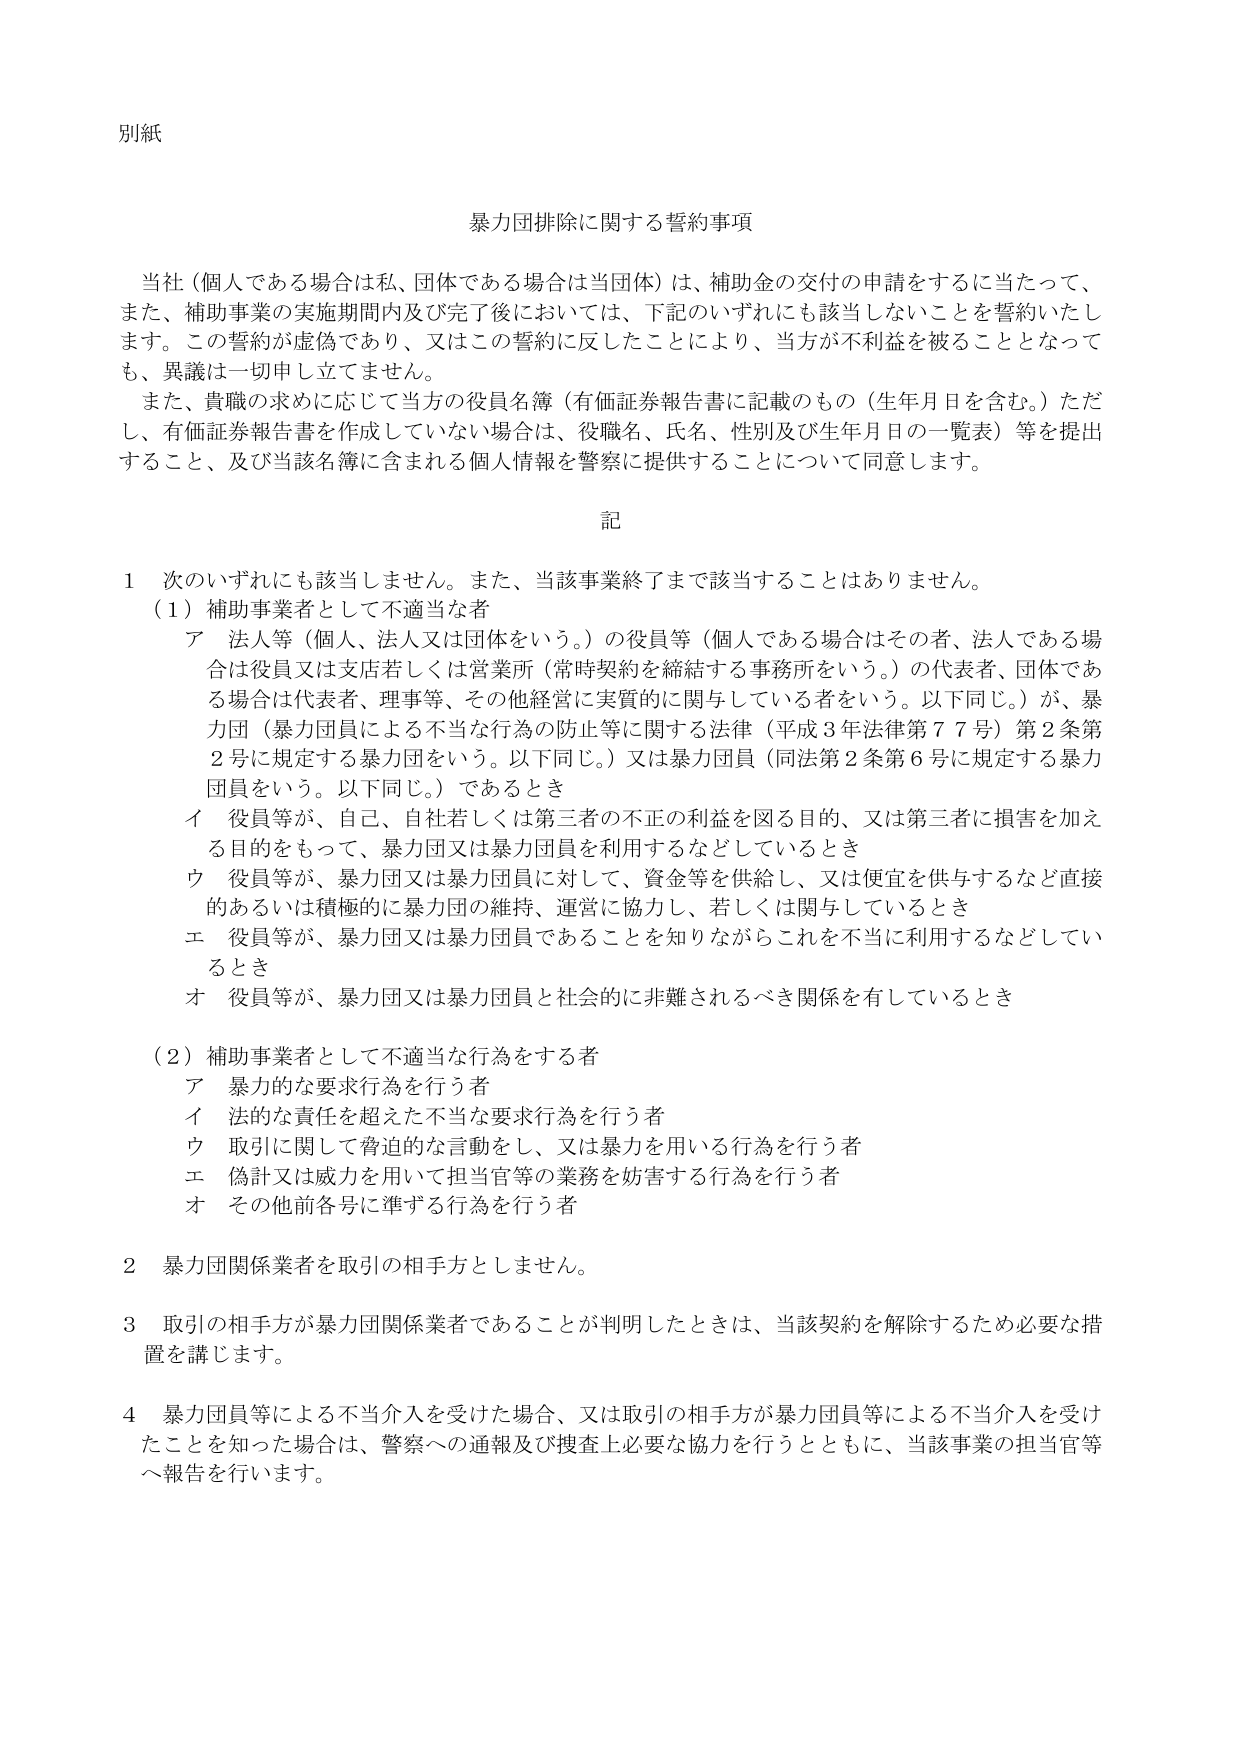
別紙

暴力団排除に関する誓約事項

当社（個人である場合は私、団体である場合は当団体）は、補助金の交付の申請をするに当たって、また、補助事業の実施期間内及び完了後においては、下記のいずれにも該当しないことを誓約いたします。この誓約が虚偽であり、又はこの誓約に反したことにより、当方が不利益を被ることとなっても、異議は一切申し立てません。

また、貴職の求めに応じて当方の役員名簿（有価証券報告書に記載のもの（生年月日を含む。）ただし、有価証券報告書を作成していない場合は、役職名、氏名、性別及び生年月日の一覧表）等を提出すること、及び当該名簿に含まれる個人情報を警察に提供することについて同意します。

記

1 次のいずれにも該当しません。また、当該事業終了まで該当することはありません。
（1）補助事業者として不適当な者
ア 法人等（個人、法人又は団体をいう。）の役員等（個人である場合はその者、法人である場合は役員又は支店若しくは営業所（常時契約を締結する事務所をいう。）の代表者、団体である場合は代表者、理事等、その他経営に実質的に関与している者をいう。以下同じ。）が、暴力団（暴力団員による不当な行為の防止等に関する法律（平成3年法律第77号）第2条第2号に規定する暴力団をいう。以下同じ。）又は暴力団員（同法第2条第6号に規定する暴力団員をいう。以下同じ。）であるとき
イ 役員等が、自己、自社若しくは第三者の不正の利益を図る目的、又は第三者に損害を加える目的をもって、暴力団又は暴力団員を利用するなどしているとき
ウ 役員等が、暴力団又は暴力団員に対して、資金等を供給し、又は便宜を供与するなど直接的あるいは積極的に暴力団の維持、運営に協力し、若しくは関与しているとき
エ 役員等が、暴力団又は暴力団員であることを知りながらこれを不当に利用するなどしているとき
オ 役員等が、暴力団又は暴力団員と社会的に非難されるべき関係を有しているとき

（2）補助事業者として不適当な行為をする者
ア 暴力的な要求行為を行う者
イ 法的な責任を超えた不当な要求行為を行う者
ウ 取引に関して脅迫的な言動をし、又は暴力を用いる行為を行う者
エ 偽計又は威力を用いて担当官等の業務を妨害する行為を行う者
オ その他前各号に準ずる行為を行う者

2 暴力団関係者を取引の相手方としません。

3 取引の相手方が暴力団関係者であることが判明したときは、当該契約を解除するため必要な措置を講じます。

4 暴力団員等による不当介入を受けた場合、又は取引の相手方が暴力団員等による不当介入を受けたことを知った場合は、警察への通報及び捜査上必要な協力を行うとともに、当該事業の担当官等へ報告を行います。